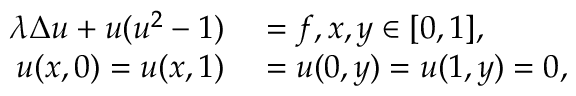
\begin{array} { r l } { \lambda \Delta u + u ( u ^ { 2 } - 1 ) } & { { } = f , x , y \in [ 0 , 1 ] , } \\ { u ( x , 0 ) = u ( x , 1 ) } & { { } = u ( 0 , y ) = u ( 1 , y ) = 0 , } \end{array}